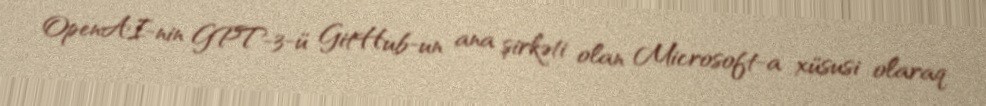
OpenAI-nin GPT-3-ü GitHub-un ana şirkəti olan Microsoft-a xüsusi olaraq